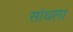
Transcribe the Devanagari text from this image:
सांधला